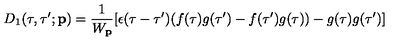
D _ { 1 } ( \tau , \tau ^ { \prime } ; { \bf p } ) = \frac { 1 } { W _ { \bf p } } [ \epsilon ( \tau - \tau ^ { \prime } ) ( f ( \tau ) g ( \tau ^ { \prime } ) - f ( \tau ^ { \prime } ) g ( \tau ) ) - g ( \tau ) g ( \tau ^ { \prime } ) ]